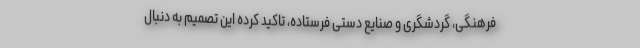
فرهنگی، گردشگری و صنایع دستی فرستاده، تاکید کرده این تصمیم به دنبال